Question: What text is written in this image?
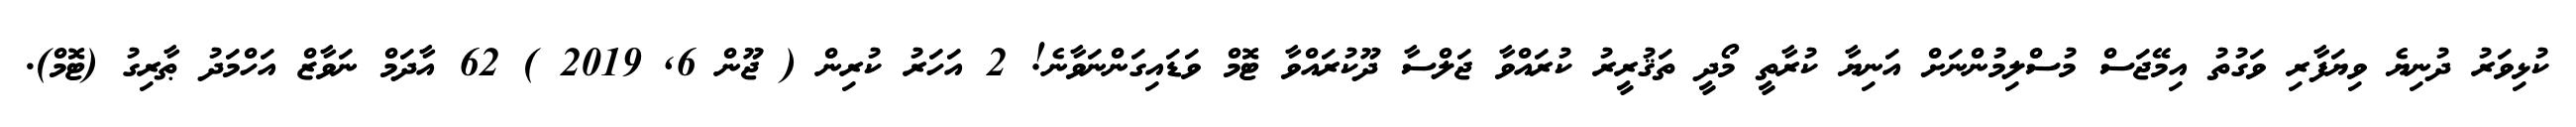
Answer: ކުޅިވަރު ދުނިޔެ ވިޔަފާރި ވަގުތު އިމޭޖަސް މުސްލިމުންނަށް އަނިޔާ ކުރާތީ މޯދީ ތަޤުރީރު ކުރައްވާ ޖަލްސާ ދޫކުރައްވާ ޓޮމް ވަޑައިގަންނަވާނެ! 2 އަހަރު ކުރިން ( ޖޫން 6, 2019 ) 62 އާދަމް ނަވާޒް އަހްމަދު ޠާރިގު (ޓޮމް).